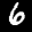
Label: 6